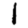
Digit: 1